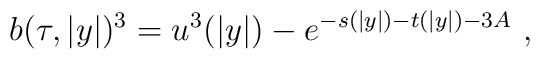
b(\tau,|y|)^3=u^3(|y|)-e^{-s(|y|)-t(|y|)-3A} ~,